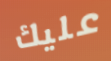
عليك